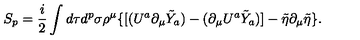
S _ { p } = \frac { i } { 2 } \int d \tau d ^ { p } \sigma \rho ^ { \mu } \{ [ ( U ^ { a } \partial _ { \mu } \tilde { Y } _ { a } ) - ( \partial _ { \mu } U ^ { a } \tilde { Y } _ { a } ) ] - \tilde { \eta } \partial _ { \mu } \tilde { \eta } \} .